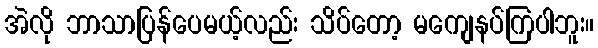
အဲလို ဘာသာပြန်ပေမယ့်လည်း သိပ်တော့ မကျေနပ်ကြပါဘူး။